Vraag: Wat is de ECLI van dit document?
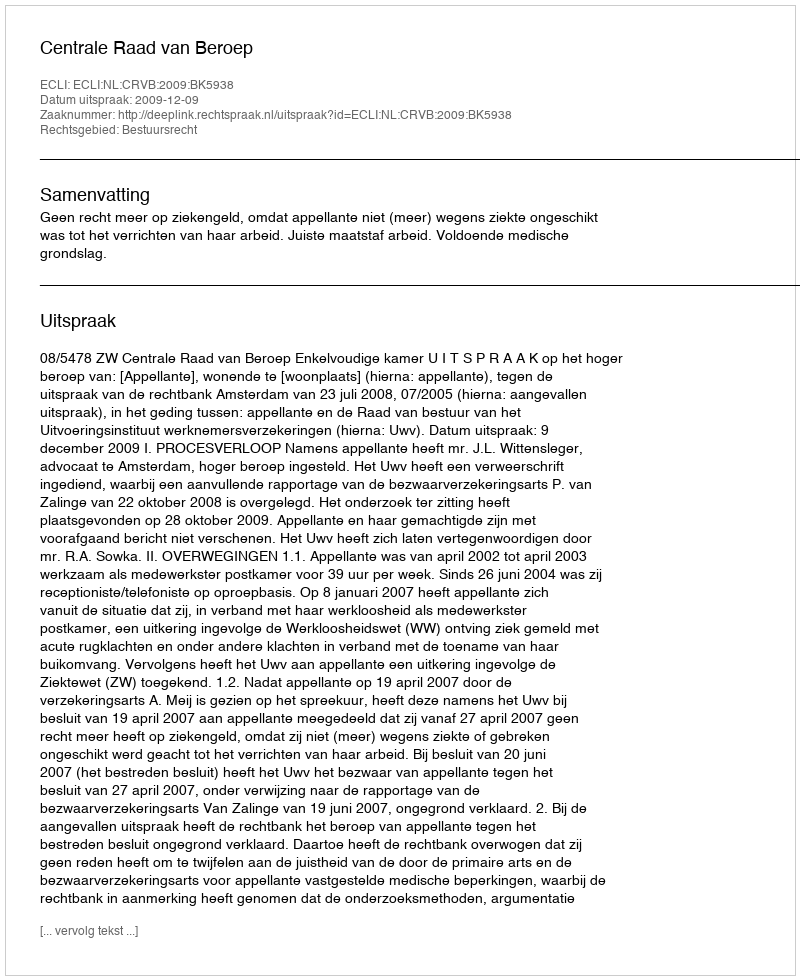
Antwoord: ECLI:NL:CRVB:2009:BK5938